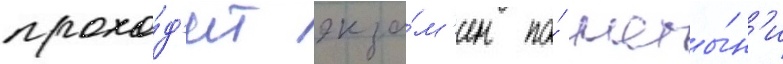
прохо́д'ит экза́м'ен по́ латы́н'и